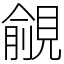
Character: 覦